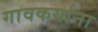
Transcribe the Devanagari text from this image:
गावकर्याना